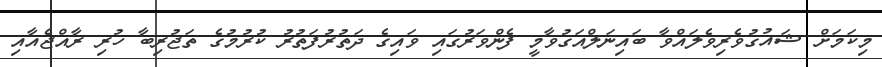
މިކަމަށް ޝައުގުވެރިވެލައްވާ ބައިނަލްއަގުވާމީ ފެންވަރުގައި ވައިގެ ދަތުރުފަތުރު ކުރުމުގެ ތަޖުރިބާ ހުރި ރާއްޖެއާއި